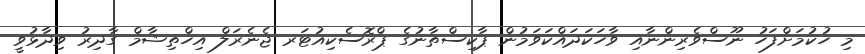
މި ހުކުމަށްފަހު ނޫސްވެރިންނާއި ވާހަކަދައްކަވަމުން ޕާކިސްތާނުގެ ޕްރޮސެކިއުޓަރ ޖެނެރަލް އިހްތިޝާމް ގާދިރު ވިދާޅުވީ